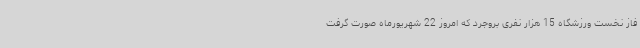
فاز نخست ورزشگاه 15 هزار نفری بروجرد که امروز 22 شهریورماه صورت گرفت